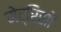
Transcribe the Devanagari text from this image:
मेट्रिसों